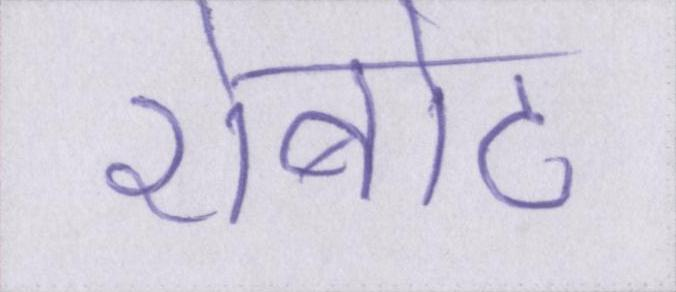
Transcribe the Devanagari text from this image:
रोबोट